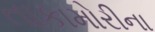
તાકામોરીના